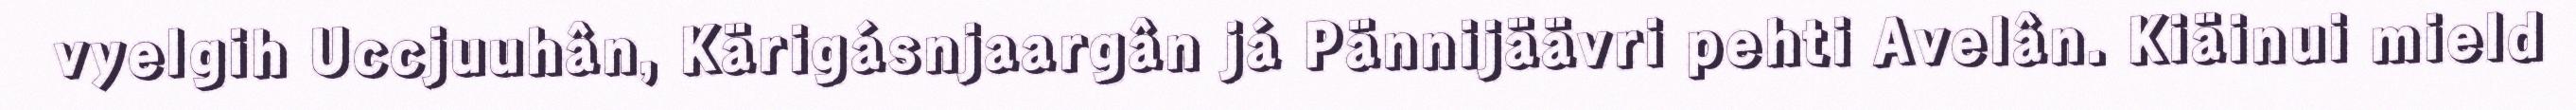
vyelgih Uccjuuhân, Kärigásnjaargân já Pännijäävri pehti Avelân. Kiäinui mield